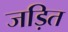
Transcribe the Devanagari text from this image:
जड़ित